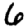
Digit: 6